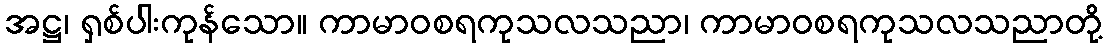
အဋ္ဌ၊ ရှစ်ပါးကုန်သော။ ကာမာဝစရကုသလသညာ၊ ကာမာဝစရကုသလသညာတို့